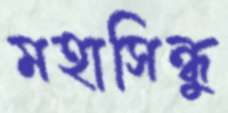
মহাসিন্ধুু